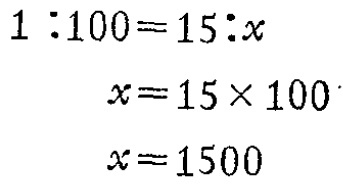
\[
\begin{align*}
1:100&=15:x\\
x&=15\times100\\
x&=1500
\end{align*}
\]